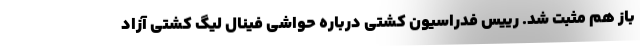
باز هم مثبت شد. رییس فدراسیون کشتی درباره حواشی فینال لیگ کشتی آزاد